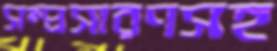
সম্প্রসারণসহ